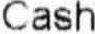
CASH